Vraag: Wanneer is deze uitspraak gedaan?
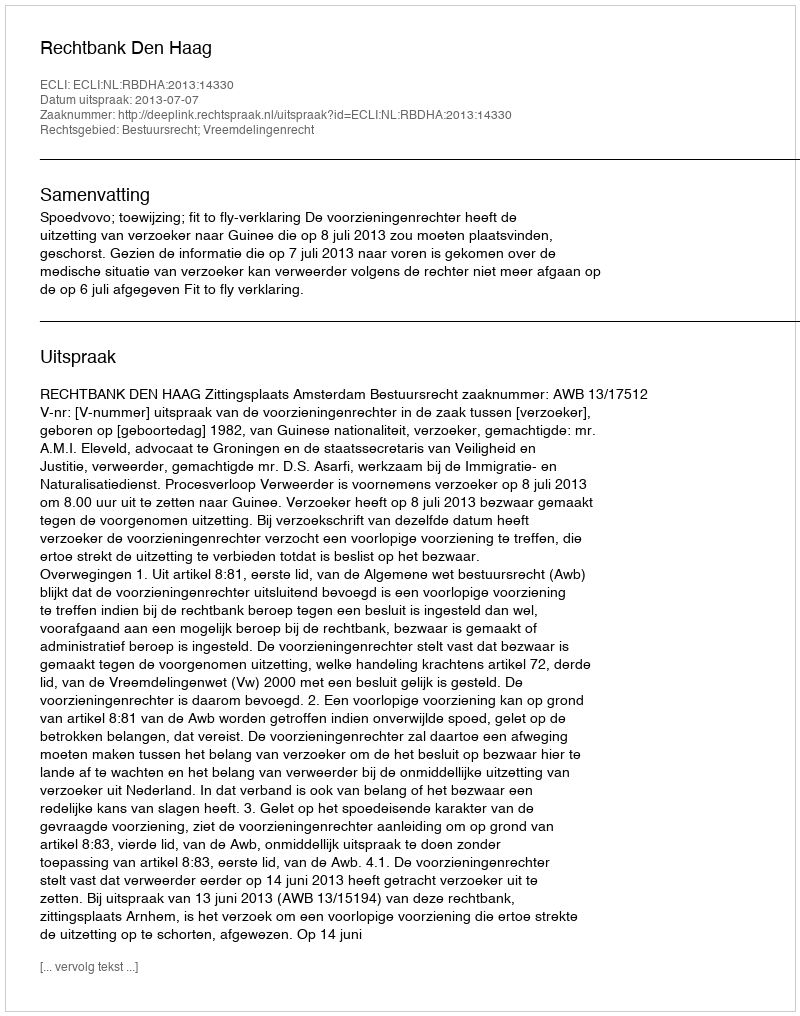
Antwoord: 2013-07-07